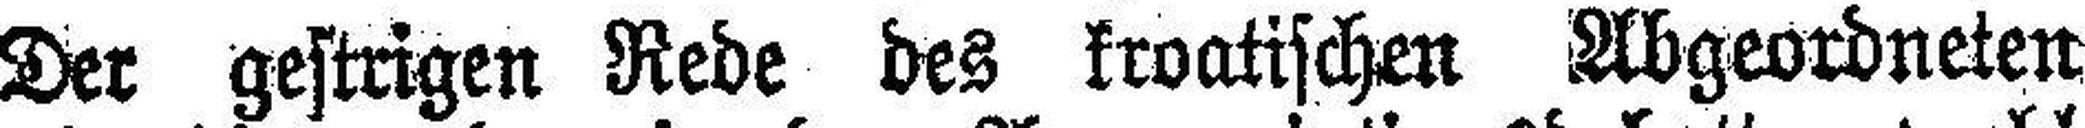
Der gestrigen Rede des kroatischen Abgeordneten